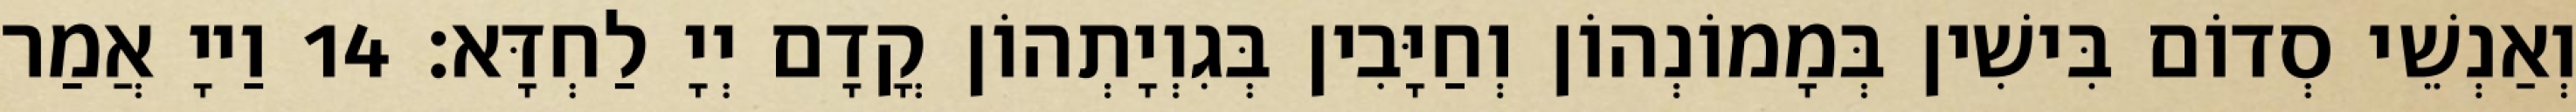
וְאַנְשֵׁי סְדוֹם בִּישִׁין בְּמָמוֹנְהוֹן וְחַיָּבִין בְּגִוְיָתְהוֹן קֳדָם יְיָ לַחְדָּא׃ 14 וַייָ אֲמַר